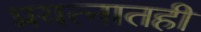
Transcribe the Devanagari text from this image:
प्रयत्नातही